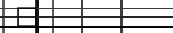
٩